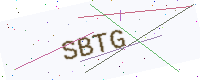
Text: SBTG